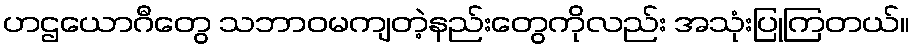
ဟဌယောဂီတွေ သဘာဝမကျတဲ့နည်းတွေကိုလည်း အသုံးပြုကြတယ်။